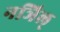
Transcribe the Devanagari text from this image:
नञिल्